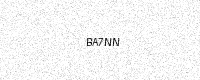
Text: BA7NN